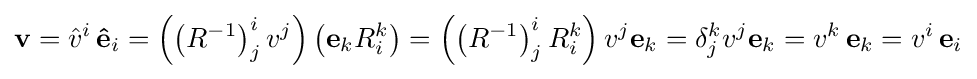
\mathbf {v} ={\hat {v}}^{i}\,\mathbf {\hat {e}} _{i}=\left(\left(R^{-1}\right)_{j}^{i}{v}^{j}\right)\left(\mathbf {e} _{k}R_{i}^{k}\right)=\left(\left(R^{-1}\right)_{j}^{i}R_{i}^{k}\right){v}^{j}\mathbf {e} _{k}=\delta _{j}^{k}{v}^{j}\mathbf {e} _{k}={v}^{k}\,\mathbf {e} _{k}={v}^{i}\,\mathbf {e} _{i}